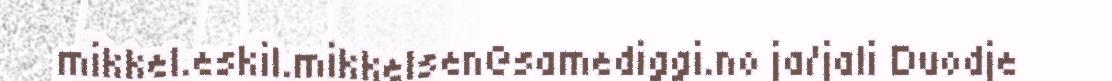
mikkel.eskil.mikkelsen@samediggi.no ja/jali Duodje